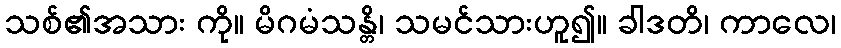
သစ်၏အသား ကို။ မိဂမံသန္တိ၊ သမင်သားဟူ၍။ ခါဒတိ၊ ကာလေ၊